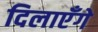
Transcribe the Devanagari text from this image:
दिलाएँगे